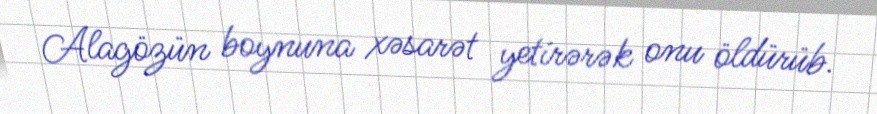
Alagözün boynuna xəsarət yetirərək onu öldürüb.